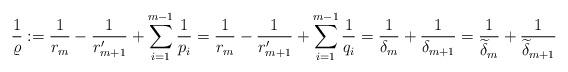
LaTeX: \begin{align*}\frac1{\varrho}:=\frac 1{r_m}-\frac 1{r_{m+1}'}+\sum_{i=1}^{m-1}\frac1{p_i}=\frac 1{r_m}-\frac 1{r_{m+1}'}+\sum_{i=1}^{m-1}\frac1{q_i}=\frac1{\delta_m}+\frac1{\delta_{m+1}}=\frac1{\widetilde{\delta}_m}+\frac1{\widetilde{\delta}_{m+1}}\end{align*}